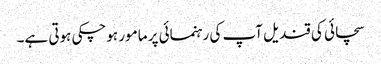
سچائی کی قندیل آپ کی رہنمائی پر مامور ہوچکی ہوتی ہے۔